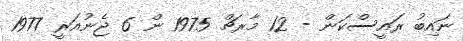
ނައިބު ރައީސްކަން - 12 މާރޗް 1975 ން 6 ޖެނުއަރީ 1977